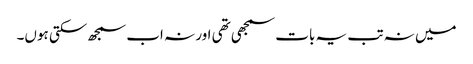
میں نہ تب یہ بات سمجھی تھی اور نہ اب سمجھ سکتی ہوں۔